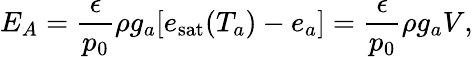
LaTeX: E_{A}=\frac{\epsilon}{p_{0}}\rho g_{a}[e_{\mathrm{sat}}(T_{a})-e_{a}]=\frac{\epsilon}{p_{0}}\rho g_{a}V,